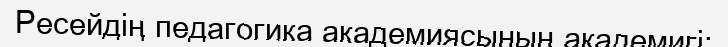
Ресейдің педагогика академиясының академигі;